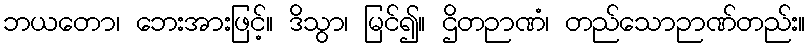
ဘယတော၊ ဘေးအားဖြင့်။ ဒိသွာ၊ မြင်၍။ ဌိတဉာဏံ၊ တည်သောဉာဏ်တည်း။